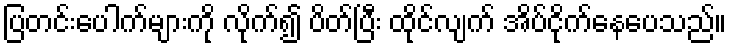
ပြတင်းပေါက်များကို လိုက်၍ ပိတ်ပြီး ထိုင်လျက် အိပ်ငိုက်နေပေသည်။